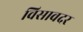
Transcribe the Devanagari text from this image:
विसावदर